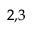
^ { 2 , 3 }